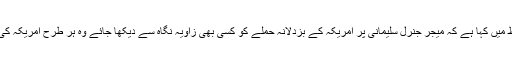
اقوام متحدہ میں ایرانی نمائندے نے اپنے خط میں کہا ہے کہ میجر جنرل سلیمانی پر امریکہ کے بزدلانہ حملے کو کسی بھی زاویہ نگاہ سے دیکھا جائے وہ ہر طرح امریکہ کی کھلی اور آشکارا دہشت گردی نظر آئےگا۔